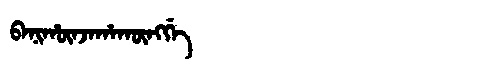
Manchu: ᠪᠠᠨᡳᡥᡡᠨᠵᠠᡥᠠᡴᡡᠩᡤᡝ
Romanization: BANIHŪNJAHAKŪNGGE